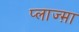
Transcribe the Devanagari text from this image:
प्लाज्म़ा